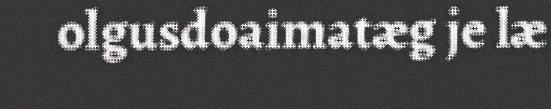
olgusdoaimatæg je læ